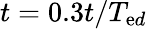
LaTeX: t=0.3t/T_{\mathrm{e}d}